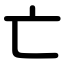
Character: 亡